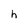
Character: h